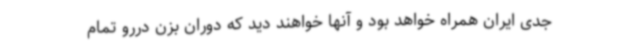
جدی ایران همراه خواهد بود و آنها خواهند دید که دوران بزن دررو تمام